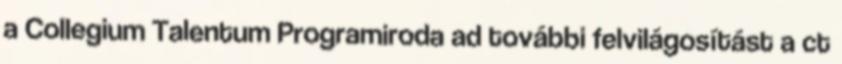
a Collegium Talentum Programiroda ad további felvilágosítást a ct